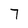
Character: 7